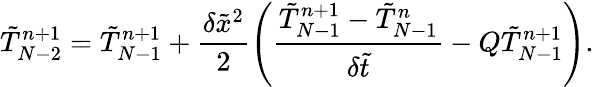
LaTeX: \tilde{T}_{N-2}^{n+1}=\tilde{T}_{N-1}^{n+1}+\frac{{\delta{{\tilde{x}}^{2}}}}{2}\left({\frac{{\tilde{T}_{N-1}^{n+1}-\tilde{T}_{N-1}^{n}}}{{\delta\tilde{t}}}-Q\tilde{T}_{N-1}^{n+1}}\right).